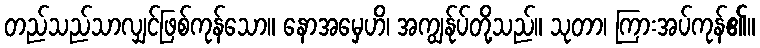
တည်သည်သာလျှင်ဖြစ်ကုန်သော။ နောအမှေဟိ၊ အကျွန်ုပ်တို့သည်။ သုတာ၊ ကြားအပ်ကုန်၏။